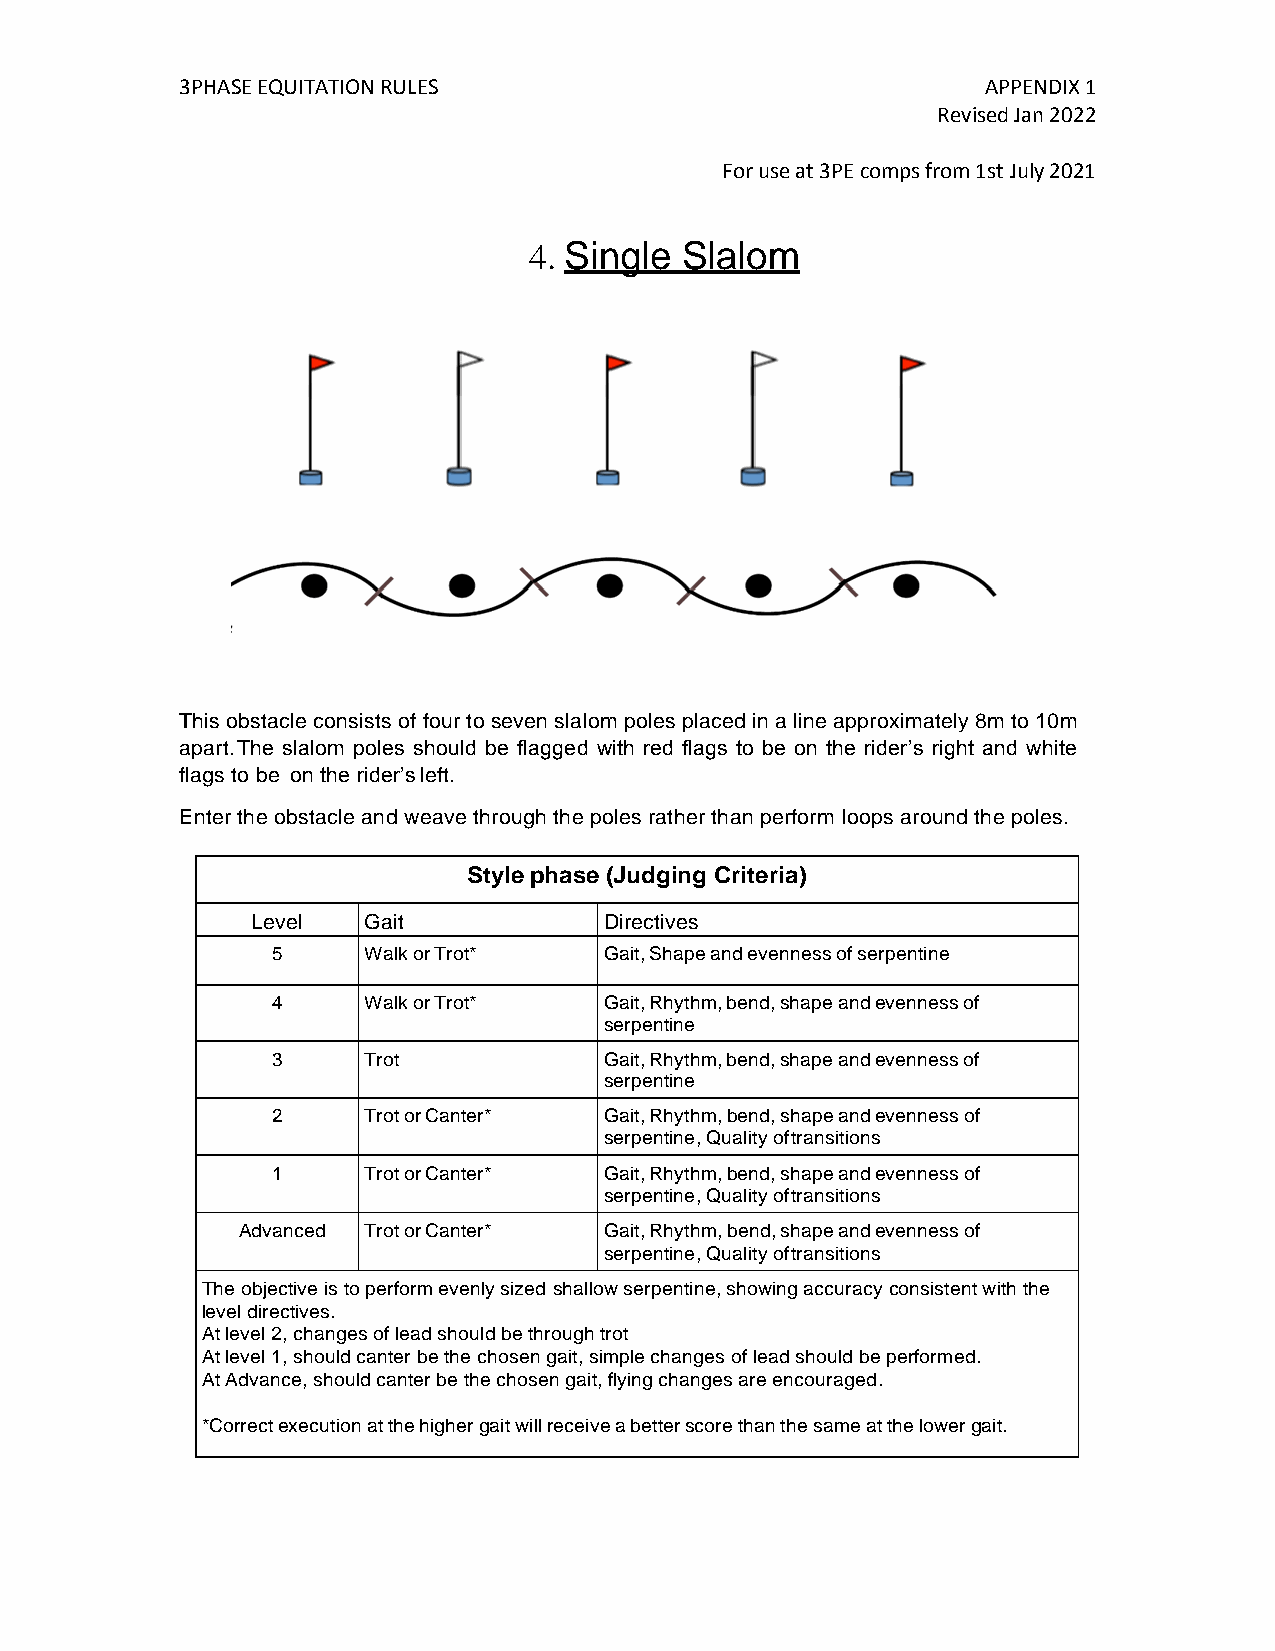
3PHASE EQUITATION RULES                              APPENDIX 1
 Revised Jan 2022
 For use at 3PE comps from 1st July 2021
 4. Single Slalom
 This obstacle consists of four to seven slalom poles placed in a line approximately 8m to 10m
 apart. The slalom poles should be flagged with red flags to be on the rider’s right and white
 flags to be on the rider’s left.
 Enter the obstacle and weave through the poles rather than perform loops around the poles.
 Style phase (Judging Criteria)
 Level  Gait            Directives
 5     Walk or Trot*   Gait, Shape and evenness of serpentine
 4     Walk or Trot*   Gait, Rhythm, bend, shape and evenness of
 serpentine
 3     Trot            Gait, Rhythm, bend, shape and evenness of
 serpentine
 2     Trot or Canter* Gait, Rhythm, bend, shape and evenness of
 serpentine, Quality of transitions
 1     Trot or Canter* Gait, Rhythm, bend, shape and evenness of
 serpentine, Quality of transitions
 Advanced Trot or Canter* Gait, Rhythm, bend, shape and evenness of
 serpentine, Quality of transitions
 The objective is to perform evenly sized shallow serpentine, showing accuracy consistent with the
 level directives.
 At level 2, changes of lead should be through trot
 At level 1, should canter be the chosen gait, simple changes of lead should be performed.
 At Advance, should canter be the chosen gait, flying changes are encouraged.
 *Correct execution at the higher gait will receive a better score than the same at the lower gait.